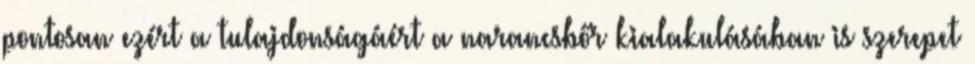
pontosan ezért a tulajdonságáért a narancsbőr kialakulásában is szerepet